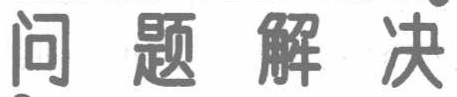
问题解决